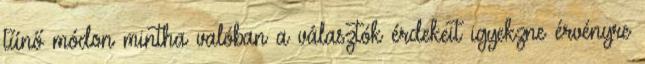
tűnő módon mintha valóban a választók érdekeit igyekzne érvényre